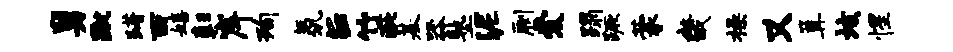
舅蹴躇西嬉彰岸洵氛E竹疵基器塾泥劂爱蹋蹶蒙畿操又篝垓惺